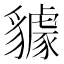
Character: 𧴘